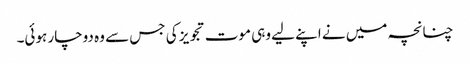
چنانچہ میں نے اپنے لیے وہی موت تجویز کی جس سے وہ دوچار ہوئی۔